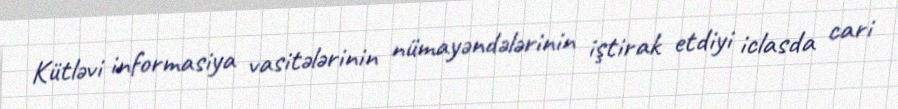
Kütləvi informasiya vasitələrinin nümayəndələrinin iştirak etdiyi iclasda cari